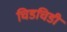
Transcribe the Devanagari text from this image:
चिडचिडी